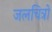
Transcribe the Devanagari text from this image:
जलचित्रों